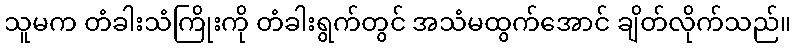
သူမက တံခါးသံကြိုးကို တံခါးရွက်တွင် အသံမထွက်အောင် ချိတ်လိုက်သည်။